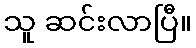
သူ ဆင်းလာပြီ။